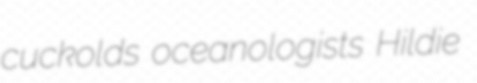
cuckolds oceanologists Hildie